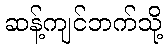
ဆန့်ကျင်ဘက်သို့